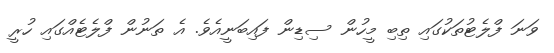
ވަނަ ފްލެޓުތަކުގައި ތިބި މީހުން ސިޑިން ފައިބަނީއެވެ. އެ ތަނުން ފްލެޓެއްގައި ހުރީ